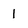
Character: 1